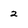
Character: 2